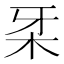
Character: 𰗔